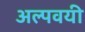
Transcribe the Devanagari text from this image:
अल्पवयी